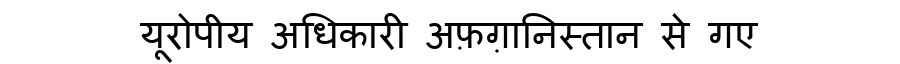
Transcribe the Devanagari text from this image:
यूरोपीय अधिकारी अफ़ग़ानिस्तान से गए